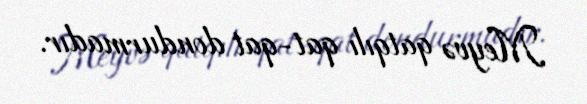
Meyvə qatqılı qat-qat dondurmadır.